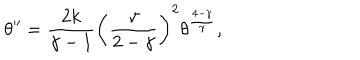
LaTeX: \theta ^ { \prime \prime } = { \frac { 2 k } { \gamma - 1 } } \left( { \frac { \gamma } { 2 - \gamma } } \right) ^ { 2 } \theta ^ { \frac { 4 - \gamma } { \gamma } } ,